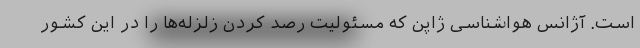
است. آژانس هواشناسی ژاپن که مسئولیت رصد کردن زلزله‌ها را در این کشور